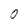
Character: 0